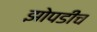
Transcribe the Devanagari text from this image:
झोपडीच